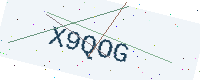
Text: X9QOG